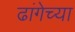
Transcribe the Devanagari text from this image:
ढांगेच्या